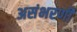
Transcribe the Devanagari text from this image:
असंभरणी